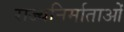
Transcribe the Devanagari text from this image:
राज्यनिर्माताओं